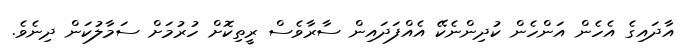
އާދައިގެ އެހެން އަންހެން ކުދިންނެކޭ އެއްފަދައިން ސާރާވެސް ރީތިކޮށް ހުރުމަށް ސަމާލުކަން ދިނެވެ.